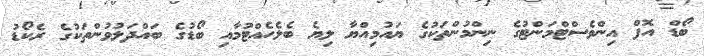
ބޯޑް އޮފް އިންވެސްޓްމަންޓުގެ ނިންމުންތަކުގެ ޔައުމިއްޔާ ލިޔެ ބެލެހެއްޓުމާއި ބޯޑުގެ ބައްދަލުވުންތަކުގެ ރެކޯޑު